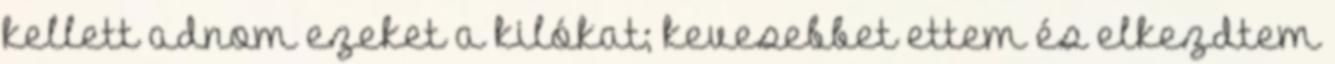
kellett adnom ezeket a kilókat; kevesebbet ettem és elkezdtem